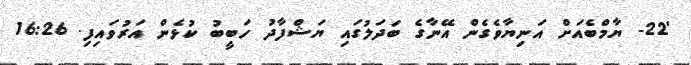
'22- ޔާމްބެއަށް އަނިޔާވެގެން އޭނާގެ ބަދަލުގައި ޔަޝްފާދު ހަބީބު ކުޅެން އަރުވައިފި. 16:26